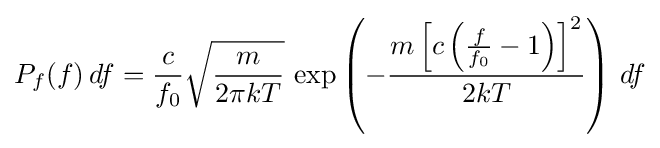
P_{f}(f)\,df={\frac {c}{f_{0}}}{\sqrt {\frac {m}{2\pi kT}}}\,\exp \left(-{\frac {m\left[c\left({\frac {f}{f_{0}}}-1\right)\right]^{2}}{2kT}}\right)\,df